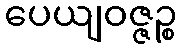
ပေယျဝဇ္ဇဉ္စ